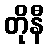
တိုနီ